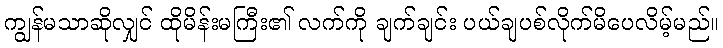
ကျွန်မသာဆိုလျှင် ထိုမိန်းမကြီး၏ လက်ကို ချက်ချင်း ပယ်ချပစ်လိုက်မိပေလိမ့်မည်။